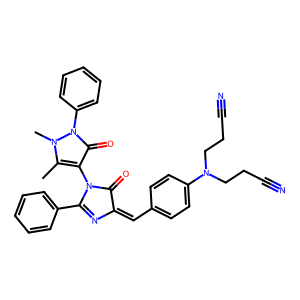
SMILES: Cc1c(N2C(=O)C(=Cc3ccc(N(CCC#N)CCC#N)cc3)N=C2c2ccccc2)c(=O)n(-c2ccccc2)n1C
Inhibits HIV replication: No